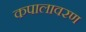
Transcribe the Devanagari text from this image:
कपालावरण